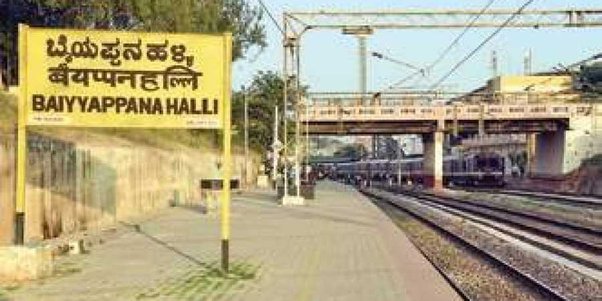
Language: kannada
Transcription: ಬ್ಯೆಯಪ್ಪನಹಳ್ಳಿ